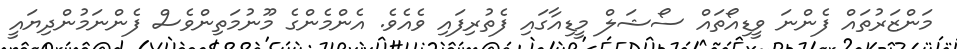
މަންޒަރުތައް ފެންނަ ވީޑިއޯތައް ސޯޝަލް މީޑިއާގައި ފެތުރިފައި ވެއެވެ. އެންމެންގެ މޫނުމަތިންވެސް ފެންނަމުންދިޔައީ